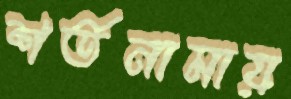
শর্তনামায়